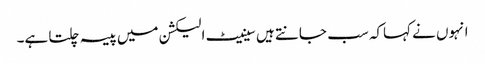
انہوں نے کہاکہ سب جانتے ہیں سینیٹ الیکشن میں پیسہ چلتا ہے۔